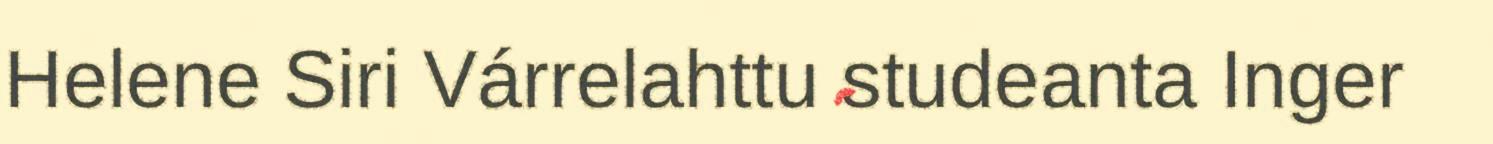
Helene Siri Várrelahttu studeanta Inger